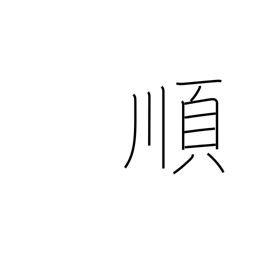
Meaning: obey